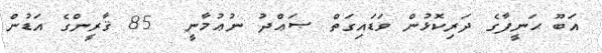
އަބޫ ޙަނީފާގެ ދަރިކޮޅުން ވަޑައިގަތް ޞަޢްދު ނުޢުމާނީ  85 ޤާރީންގެ އަޑުން